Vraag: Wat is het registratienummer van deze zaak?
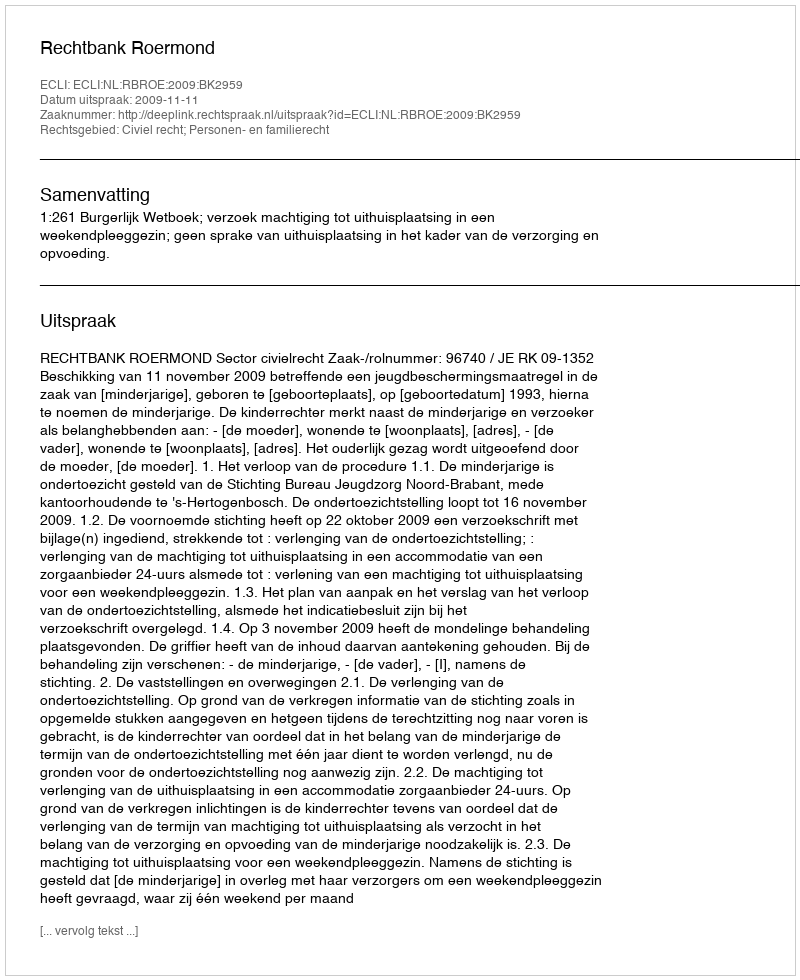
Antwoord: http://deeplink.rechtspraak.nl/uitspraak?id=ECLI:NL:RBROE:2009:BK2959